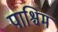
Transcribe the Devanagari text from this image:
पाश्चिम